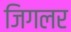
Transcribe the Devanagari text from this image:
जिगलर